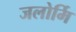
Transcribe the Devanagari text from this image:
जलोर्मि